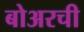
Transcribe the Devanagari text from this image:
बोअरची